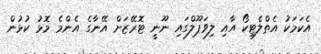
އެކަމަކު އެތްލެޓިކޯ އާއި ލިވަޕޫލްގައި ނޫނީ ޓޮރޭޒަށް އޭނާގެ އެންމެ މޮޅު ކުޅުން